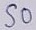
Text: S0